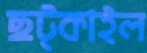
ছট্‌কাইল